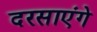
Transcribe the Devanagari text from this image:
दरसाएंगे